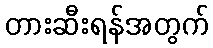
တားဆီးရန်အတွက်